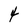
Character: 4